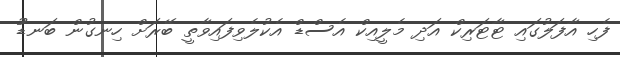
ފެހި އާފަލުގައި ޓާޓަރިކް އަދި މެލީއިކް އެސްޑް އެކުލެވިފައިވާތީ ބޭރަށް ހިނގުން ބަނޑުު